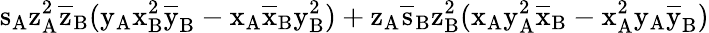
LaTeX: \mathrm{s_{A}\mathrm{z_{A}^{2}\mathrm{\overline{{z}}_{B}(\mathrm{y_{A}\mathrm{x_{B}^{2}\mathrm{\overline{{y}}_{B}-\mathrm{x_{A}\mathrm{\overline{{x}}_{B}\mathrm{y_{B}^{2})+\mathrm{z_{A}\mathrm{\overline{{s}}_{B}\mathrm{z_{B}^{2}(\mathrm{x_{A}\mathrm{y_{A}^{2}\mathrm{\overline{{x}}_{B}-\mathrm{x_{A}^{2}\mathrm{y_{A}\mathrm{\overline{{y}}_{B})}}}}}}}}}}}}}}}}}}